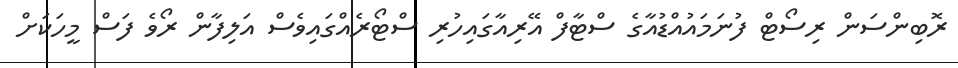
ރޮބިންސަން ރިސޯޓް ފުނަމައުއްޑުއާގެ ސްޓާފް އޭރިއާގައިހުރި ސްޓޯރެއްގައިވެސް އަލިފާން ރޯވެ ފަސް މީހަކަށް